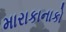
મારાકાનાકો